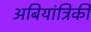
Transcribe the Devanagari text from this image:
अबियांत्रिकी